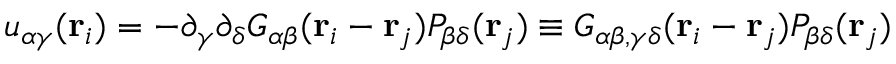
u _ { \alpha \gamma } ( { \bf r } _ { i } ) = - \partial _ { \gamma } \partial _ { \delta } G _ { \alpha \beta } ( { \bf r } _ { i } - { \bf r } _ { j } ) P _ { \beta \delta } ( { \bf r } _ { j } ) \equiv G _ { \alpha \beta , \gamma \delta } ( { \bf r } _ { i } - { \bf r } _ { j } ) P _ { \beta \delta } ( { \bf r } _ { j } )